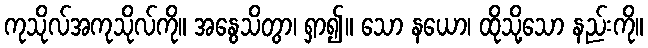
ကုသိုလ်အကုသိုလ်ကို။ အနွေသိတွာ၊ ရှာ၍။ သော နယော၊ ထိုသို့သော နည်းကို။